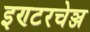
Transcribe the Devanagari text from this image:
इण्टरचेञ्ज